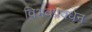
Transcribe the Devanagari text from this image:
विभवप्रवर्धन